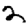
Digit: 2